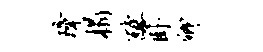
璋榻醵卧卿